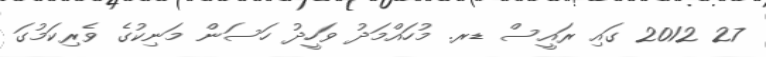
27 2012 ގައި ރައީސް ޑރ. މުހައްމަދު ވަހީދު ހަސަން މަނިކުގެ ވެރިކަމުގަ